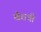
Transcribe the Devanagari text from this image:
खैराची